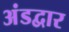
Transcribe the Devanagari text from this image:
अंडद्वार